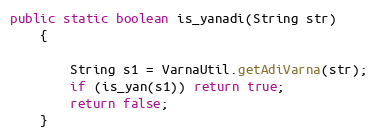
Language: Java
public static boolean is_yanadi(String str)
    {

        String s1 = VarnaUtil.getAdiVarna(str);
        if (is_yan(s1)) return true;
        return false;
    }